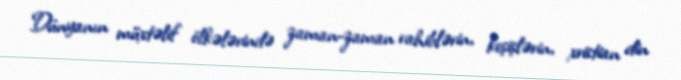
Dünyanın müxtəlif ölkələrində zaman-zaman rahiblərin, keşişlərin, xristian din